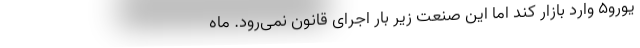
یورو۵ وارد بازار کند اما این صنعت زیر بار اجرای قانون نمی‌رود. ماه